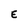
Character: E